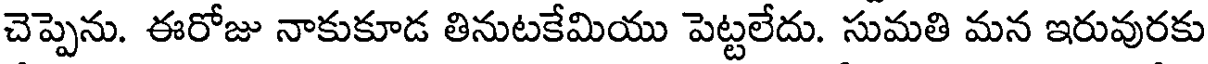
చెప్పెను. ఈరోజు నాకుకూడ తినుటకేమియు పెట్టలేదు. సుమతి మన ఇరువురకు